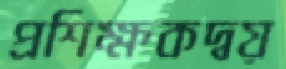
প্রশিক্ষকদ্বয়